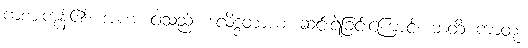
ကစားကုန်၏။ အဟံ၊ ငါသည်။ ဒလိဒ္ဒတာယ၊ ဆင်းရဲခြင်းကြောင့်။ ဘတိံ ကာတုံ၊